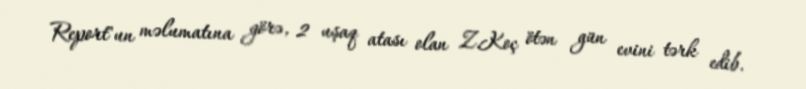
Report"un məlumatına görə, 2 uşaq atası olan Z.Koç ötən gün evini tərk edib.